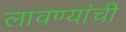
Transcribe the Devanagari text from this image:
लावण्यांची